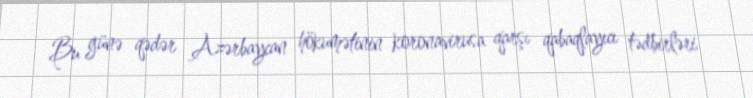
Bu günə qədər Azərbaycan hökumətinin koronavirusa qarşı qabaqlayıcı tədbirləri